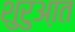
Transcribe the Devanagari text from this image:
शुरुआ़त